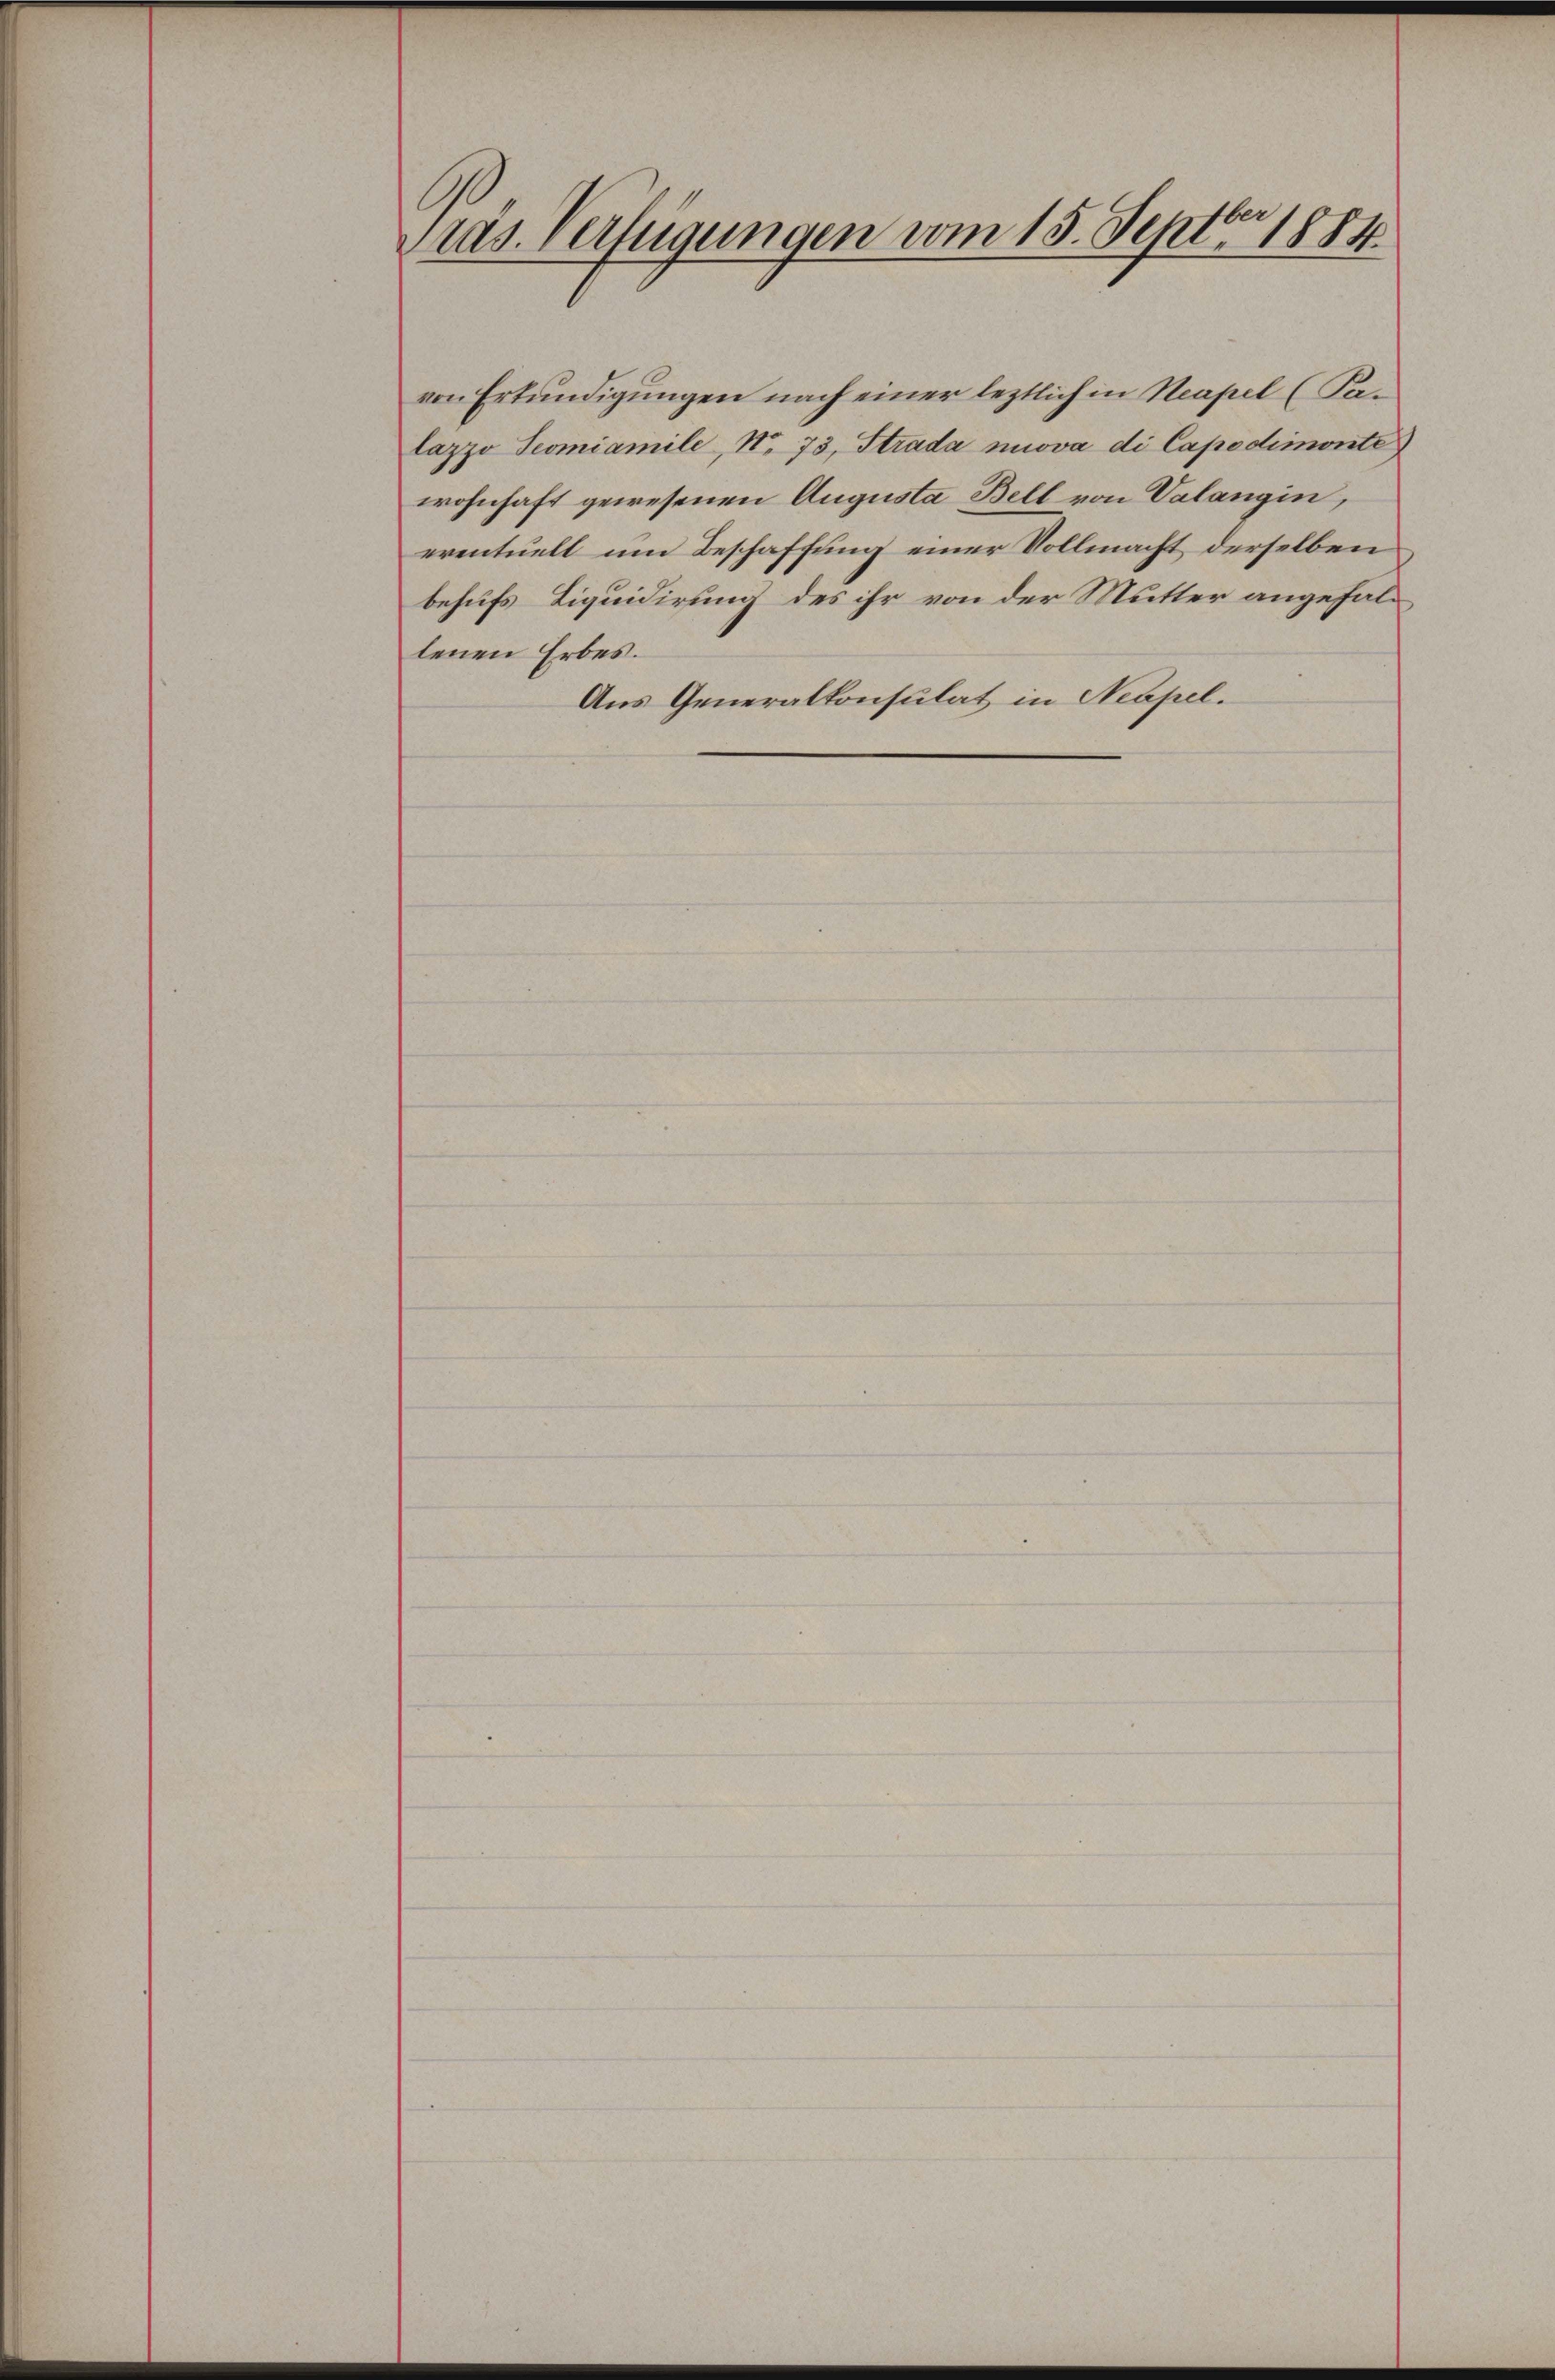
Pras. Verfügungen vom 15. Septbr 1884.

von Erkundigungen nach einer leztlich in Neapel (Salazzo Teomiamile No. 73, Strada nova di Capodimonte
wohnhaft gewesenen Augusta Bell von Valangin,
eventuell um Beschaffung einer Vollmacht derselben
behufs Liquidirung des ihr von der Mutter angefallenen Erbes.
Aus Generalkonsulat in Neapel.